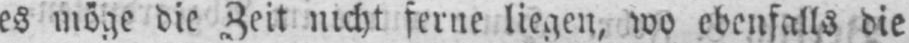
es möge die Zeit nicht ferne liegen, wo ebenfalls die